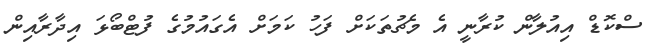
ސްކޮޑް އިއުލާން ކުރާނީ އެ މެޗުތަކަށް ފަހު ކަމަށް އެގައުމުގެ ފުޓްބޯޅަ އިދާރާއިން